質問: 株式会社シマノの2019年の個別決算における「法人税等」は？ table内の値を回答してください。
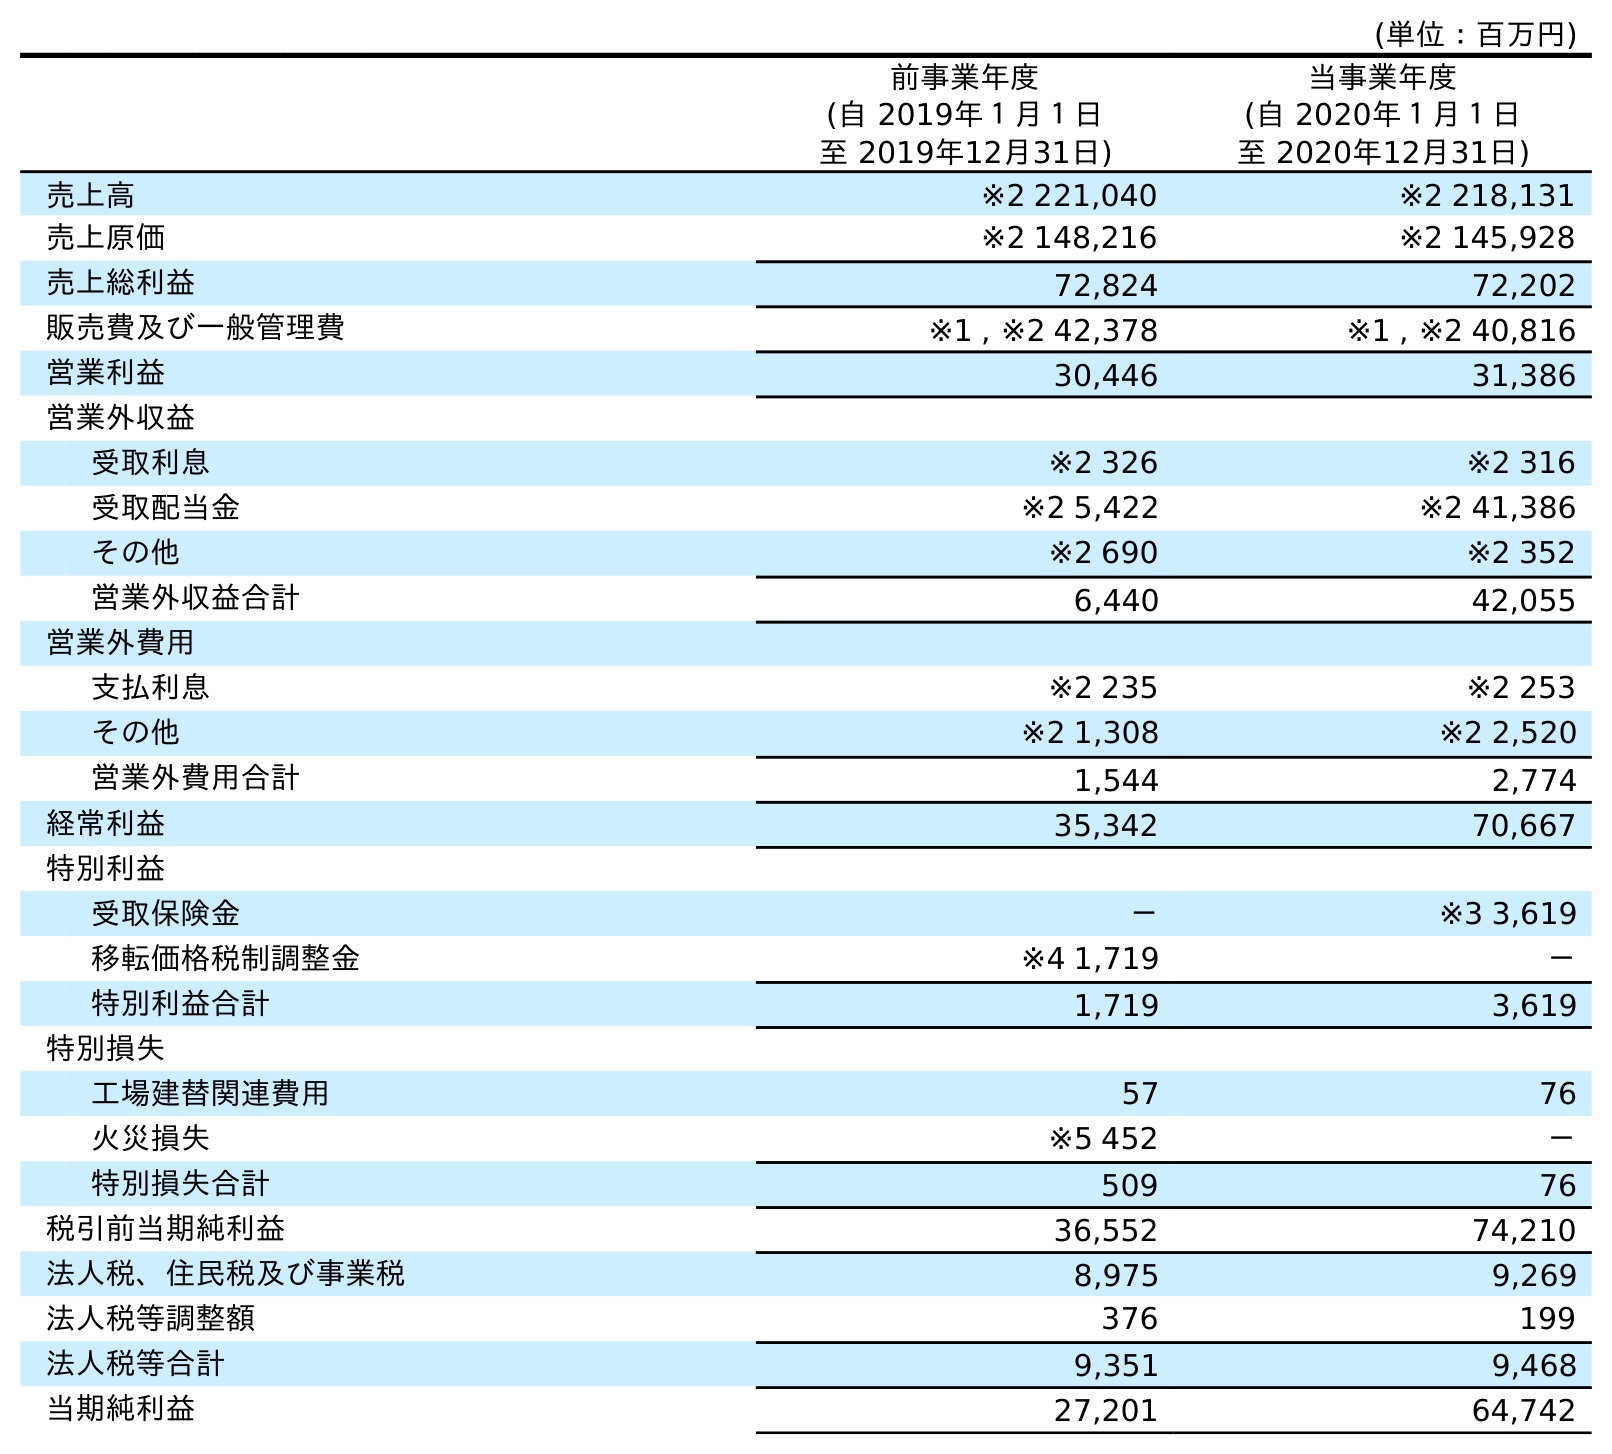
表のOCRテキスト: (単位：百万円) 前事業年度 (自 2019年１月１日 至 2019年12月31日) 当事業年度 (自 2020年１月１日 至 2020年12月31日) 売上高 ※2 221,040 ※2 218,131 売上原価 ※2 148,216 ※2 145,928 売上総利益 72,824 72,202 販売費及び一般管理費 ※1 , ※2 42,378 ※1 , ※2 40,816 営業利益 30,446 31,386 営業外収益 受取利息 ※2 326 ※2 316 受取配当金 ※2 5,422 ※2 41,386 その他 ※2 690 ※2 352 営業外収益合計 6,440 42,055 営業外費用 支払利息 ※2 235 ※2 253 その他 ※2 1,308 ※2 2,520 営業外費用合計 1,544 2,774 経常利益 35,342 70,667 特別利益 受取保険金 － ※3 3,619 移転価格税制調整金 ※4 1,719 － 特別利益合計 1,719 3,619 特別損失 工場建替関連費用 57 76 火災損失 ※5 452 － 特別損失合計 509 76 税引前当期純利益 36,552 74,210 法人税、住民税及び事業税 8,975 9,269 法人税等調整額 376 199 法人税等合計 9,351 9,468 当期純利益 27,201 64,742
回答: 9,351